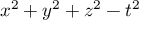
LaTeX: x ^ { 2 } + y ^ { 2 } + z ^ { 2 } - t ^ { 2 }